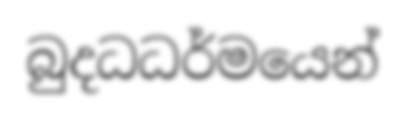
බුදධධර්මයෙන්